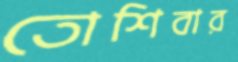
তোশিবার